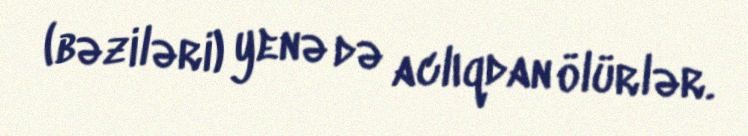
(bəziləri) yenə də aclıqdan ölürlər.